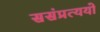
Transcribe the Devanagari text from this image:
ससंप्रत्ययो